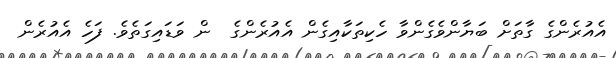
އެއުރެންގެ ގާތަށް ބަޔާންވެގެންވާ ހެކިތަކާއިގެން އެއުރެންގެ  ން ވަޑައިގަތެވެ. ފަހެ އެއުރެން